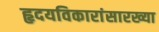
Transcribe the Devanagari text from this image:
हृदयविकारांसारख्या